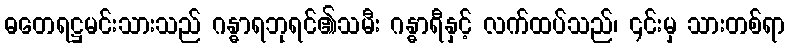
ဓတေရဋ္ဌမင်းသားသည် ဂန္ဓာရဘုရင်၏သမီး ဂန္ဓာရီနှင့် လက်ထပ်သည်၊ ၎င်းမှ သားတစ်ရာ